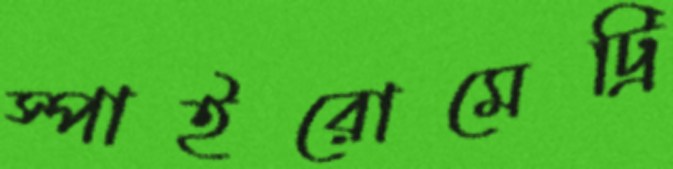
স্পাইরোমেট্রি